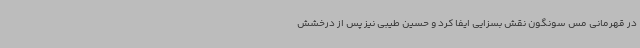
در قهرمانی مس سونگون نقش بسزایی ایفا کرد و حسین طیبی نیز پس از درخشش